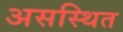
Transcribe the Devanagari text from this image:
असस्थित